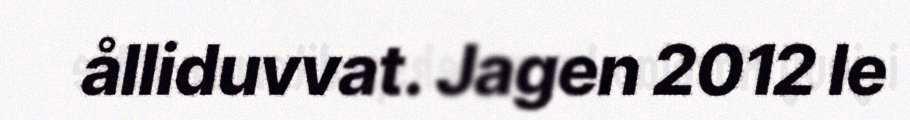
ålliduvvat. Jagen 2012 le